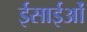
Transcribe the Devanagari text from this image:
ईसाईओं